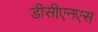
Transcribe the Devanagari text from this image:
डीसीएनएस